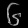
Digit: ၆